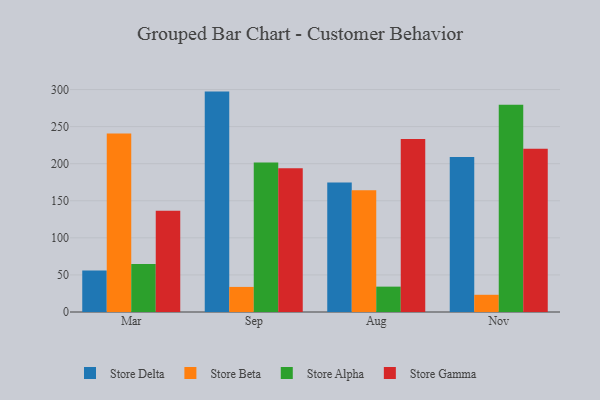
{"axis": {"x": "Month", "y": "Bounce Rate (%)"}, "legend": ["Store Alpha", "Store Beta", "Store Delta", "Store Gamma"], "data": [{"x": "Mar", "y": 56.1, "type": "Store Delta"}, {"x": "Mar", "y": 240.6, "type": "Store Beta"}, {"x": "Mar", "y": 64.6, "type": "Store Alpha"}, {"x": "Mar", "y": 136.5, "type": "Store Gamma"}, {"x": "Sep", "y": 297.2, "type": "Store Delta"}, {"x": "Sep", "y": 33.8, "type": "Store Beta"}, {"x": "Sep", "y": 201.6, "type": "Store Alpha"}, {"x": "Sep", "y": 193.9, "type": "Store Gamma"}, {"x": "Aug", "y": 174.5, "type": "Store Delta"}, {"x": "Aug", "y": 164.1, "type": "Store Beta"}, {"x": "Aug", "y": 34.2, "type": "Store Alpha"}, {"x": "Aug", "y": 233.4, "type": "Store Gamma"}, {"x": "Nov", "y": 209.0, "type": "Store Delta"}, {"x": "Nov", "y": 23.2, "type": "Store Beta"}, {"x": "Nov", "y": 279.4, "type": "Store Alpha"}, {"x": "Nov", "y": 220.1, "type": "Store Gamma"}]}